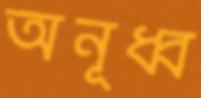
অনূধ্ব